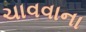
ચાવવાના